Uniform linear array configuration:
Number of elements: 32
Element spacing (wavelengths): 0.75
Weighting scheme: cosine
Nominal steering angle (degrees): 15
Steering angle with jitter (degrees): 15.281
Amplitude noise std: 0.05
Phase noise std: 0.05

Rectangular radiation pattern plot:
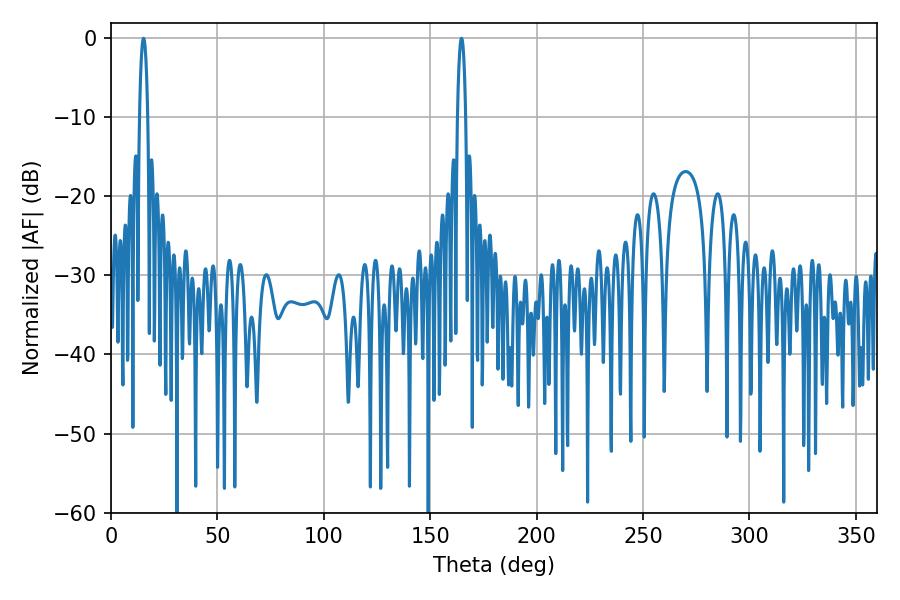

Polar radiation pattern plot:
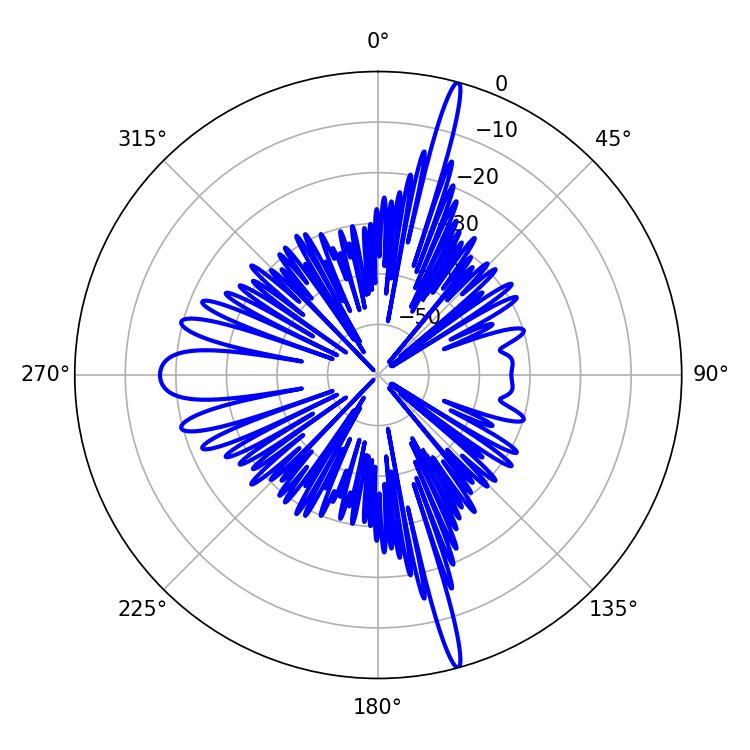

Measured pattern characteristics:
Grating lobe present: TRUE
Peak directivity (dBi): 20.808
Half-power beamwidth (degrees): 2.16
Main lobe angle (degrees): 15.3